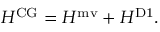
H ^ { \mathrm { C G } } = H ^ { \mathrm { m v } } + H ^ { \mathrm { D 1 } } .